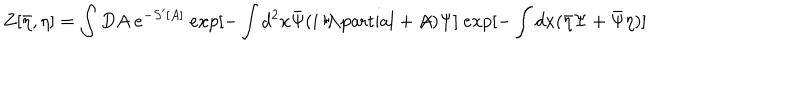
Z [ \bar { \eta } , \eta ] = \int D A ~ e ^ { - S ^ { \prime } [ A ] } ~ e x p { [ - \int d ^ { 2 } x \bar { \Psi } ( i \raise . 1 5 e x \mathrm { ~ / ~ } \kern - . 5 7 e m \mathrm { ~ \partial ~ } + \not \! \! A ) \Psi ] } ~ e x p { [ - \int d x ( \bar { \eta } \Psi + \bar { \Psi } \eta ) ] }